Leaving Certificate Examination (including Day School Certificate (Higher) General paper), 1934
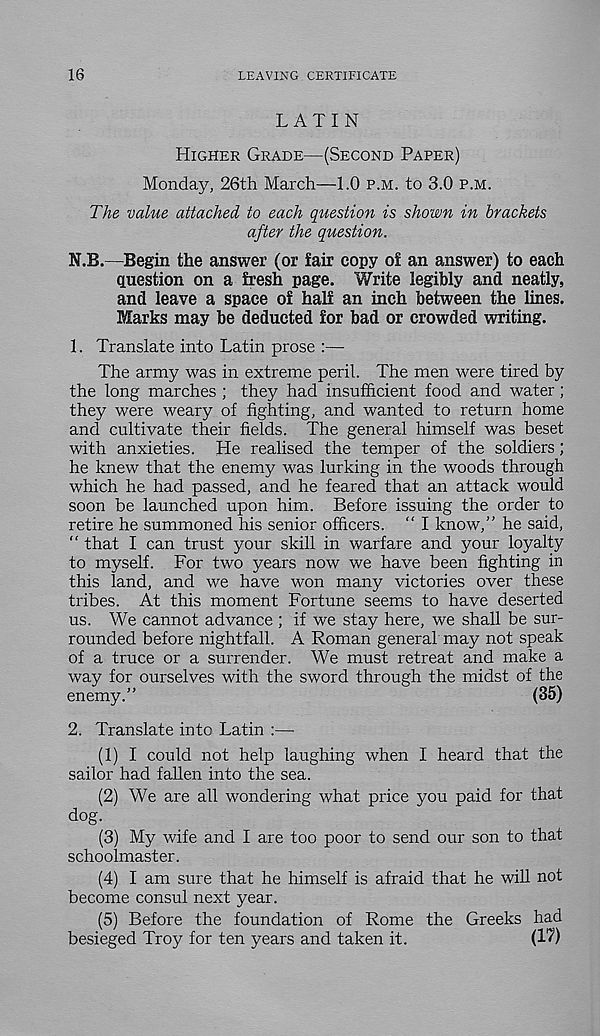
16
LEAVING CERTIFICATE
LATIN
HIGHER GRADE—(SECOND PAPER)
Monday, 26th March—1.0 P.M. to 3.0 P.M.
The value attached to each question is shown in brackets
after the question.
N.B.—Begin the answer (or fair copy of an answer) to each
question on a fresh page. Write legibly and neatly,
and leave a space of half an inch between the lines.
Marks may be deducted for bad or crowded writing.
1. Translate into Latin prose :—
The army was in extreme peril. The men were tired by
the long marches ; they had insufficient food and water;
they were weary of fighting, and wanted to return home
and cultivate their fields. The general himself was beset
with anxieties. He realised the temper of the soldiers;
he knew that the enemy was lurking in the woods through
which he had passed, and he feared that an attack would
soon be launched upon him. Before issuing the order to
retire he summoned his senior officers. “ I know,” he said,
” that I can trust your skill in warfare and your loyalty
to myself. For two years now we have been fighting in
this land, and we have won many victories over these
tribes. At this moment Fortune seems to have deserted
us. We cannot advance ; if we stay here, we shall be sur-
rounded before nightfall. A Roman general may not speak
of a truce or a surrender. We must retreat and make a
way for ourselves with the sword through the midst of the
enemy.”
(35)
2. Translate into Latin :—
(1) I could not help laughing when I heard that the
sailor had fallen into the sea.
(2) We are all wondering what price you paid for that
dog.
(3) My wife and I are too poor to send our son to that
schoolmaster.
(4) I am sure that he himself is afraid that he will not
become consul next year.
(5) Before the foundation of Rome the Greeks had
besieged Troy for ten years and taken it.
(1?)